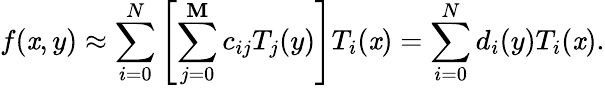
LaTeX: f(\mathit{x},y)\approx\sum_{i=0}^{N}\left[\sum_{j=0}^{\mathbf{M}}c_{ij}T_{j}(y)\right]T_{i}(\mathit{x})=\sum_{i=0}^{N}d_{i}(y)T_{i}(\mathit{x}).